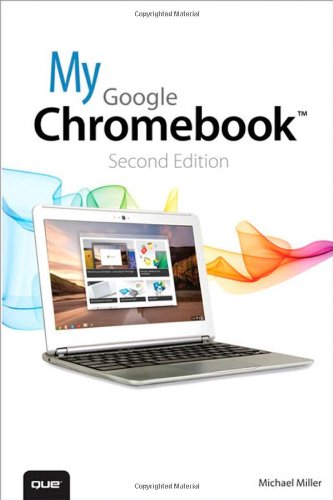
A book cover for My Google Chromebook (2nd Edition); Michael Miller; Computers & Technology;